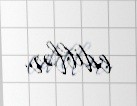
ediblər.